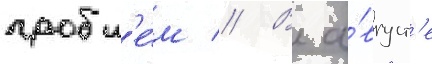
пробл'е́м // В а́вгуст'е